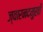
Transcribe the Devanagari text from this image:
ज्वारनदमुखों